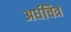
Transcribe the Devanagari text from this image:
अर्धचित्र